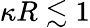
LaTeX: \kappa R\lesssim 1